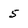
Character: 5